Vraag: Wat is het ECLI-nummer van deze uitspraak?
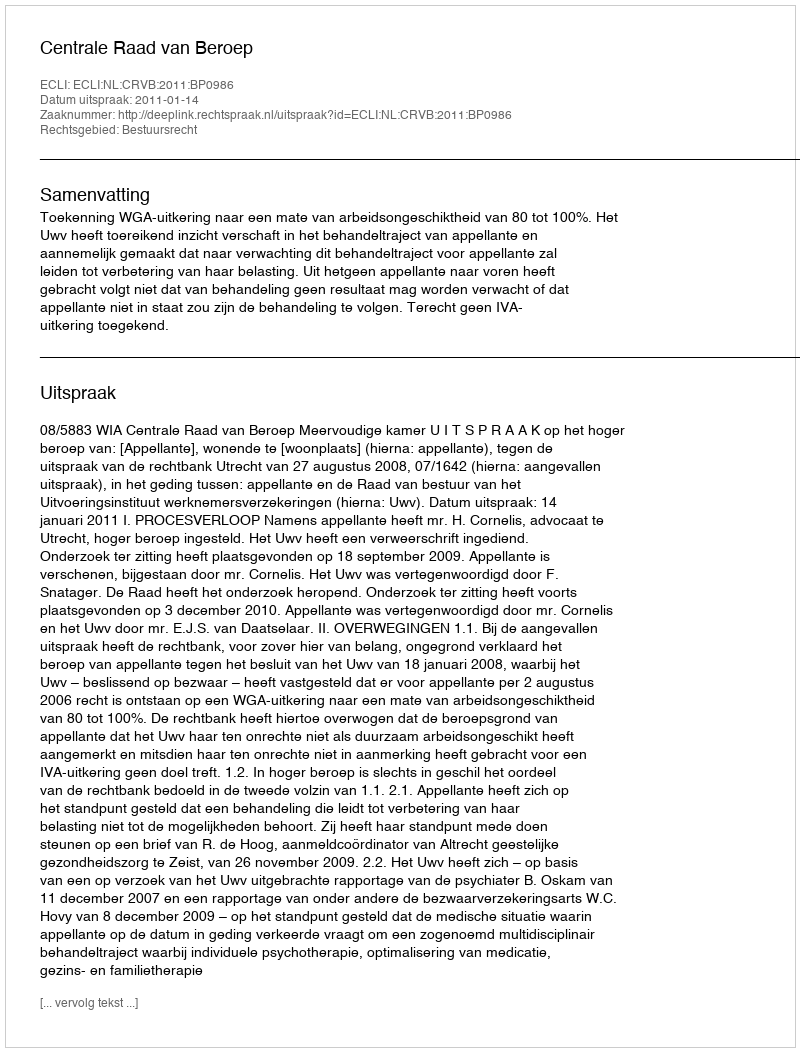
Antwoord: ECLI:NL:CRVB:2011:BP0986